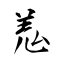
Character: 羗